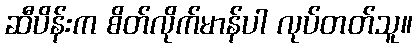
ဆီပိန်းက စိတ်လိုက်မာန်ပါ လုပ်တတ်သူ။